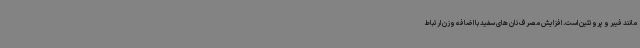
مانند فیبر و پروتئین است. افزایش مصرف نان های سفید با اضافه وزن ارتباط